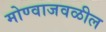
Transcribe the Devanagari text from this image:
मोण्वाजवळील